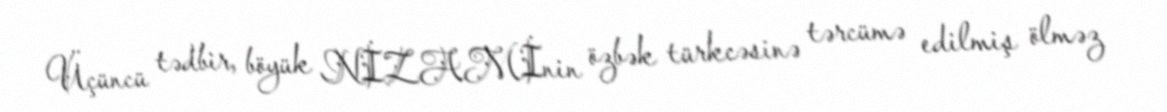
Üçüncü tədbir, böyük NİZAMİnin özbək türkcəsinə tərcümə edilmiş ölməz